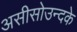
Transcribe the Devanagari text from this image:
असीसोउन्दके